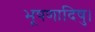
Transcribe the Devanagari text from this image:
भूषणादिषु।